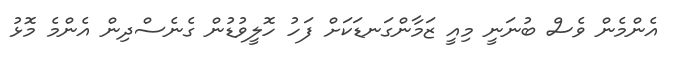
އެންމެން ވެސް ބުނަނީ މިއީ ޒަމާންގަނޑަކަށް ފަހު ހޮލީވުޑުން ގެނެސްދިން އެންމެ މޮޅު